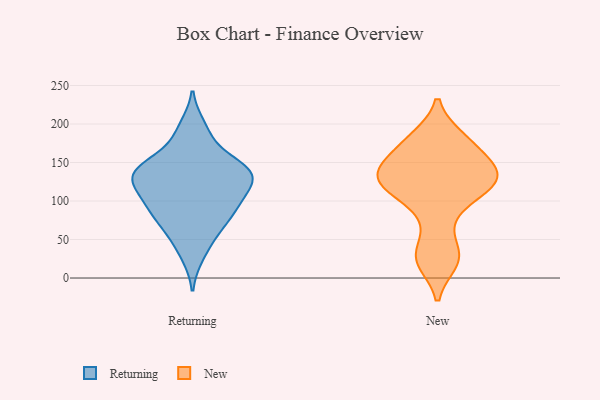
{"axis": {"x": "Waste Production (Tons)", "y": "Value"}, "legend": ["New", "Returning"], "data": [{"x": "", "y": 128, "type": "Returning"}, {"x": "", "y": 121, "type": "Returning"}, {"x": "", "y": 152, "type": "Returning"}, {"x": "", "y": 94, "type": "Returning"}, {"x": "", "y": 29, "type": "Returning"}, {"x": "", "y": 139, "type": "Returning"}, {"x": "", "y": 53, "type": "Returning"}, {"x": "", "y": 107, "type": "Returning"}, {"x": "", "y": 94, "type": "Returning"}, {"x": "", "y": 120, "type": "Returning"}, {"x": "", "y": 148, "type": "Returning"}, {"x": "", "y": 140, "type": "Returning"}, {"x": "", "y": 197, "type": "Returning"}, {"x": "", "y": 133, "type": "Returning"}, {"x": "", "y": 184, "type": "Returning"}, {"x": "", "y": 86, "type": "Returning"}, {"x": "", "y": 139, "type": "Returning"}, {"x": "", "y": 79, "type": "Returning"}, {"x": "", "y": 65, "type": "Returning"}, {"x": "", "y": 133, "type": "New"}, {"x": "", "y": 78, "type": "New"}, {"x": "", "y": 182, "type": "New"}, {"x": "", "y": 21, "type": "New"}, {"x": "", "y": 34, "type": "New"}, {"x": "", "y": 120, "type": "New"}, {"x": "", "y": 124, "type": "New"}, {"x": "", "y": 148, "type": "New"}, {"x": "", "y": 144, "type": "New"}, {"x": "", "y": 125, "type": "New"}, {"x": "", "y": 182, "type": "New"}, {"x": "", "y": 107, "type": "New"}, {"x": "", "y": 120, "type": "New"}, {"x": "", "y": 170, "type": "New"}, {"x": "", "y": 148, "type": "New"}, {"x": "", "y": 25, "type": "New"}]}